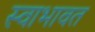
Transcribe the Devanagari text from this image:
स्वाभावत